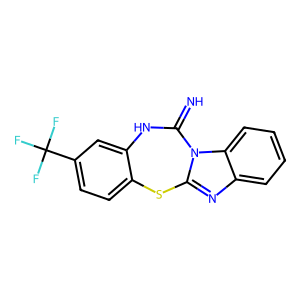
SMILES: N=C1Nc2cc(C(F)(F)F)ccc2Sc2nc3ccccc3n21
Inhibits HIV replication: No